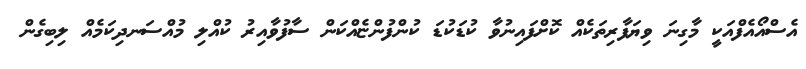
އެސްއޯއެފްއަކީ މާގިނަ ވިޔަފާރިތަކެއް ކޮށްފައިނުވާ ކުޑަކުޑަ ކުންފުންޏެއްކަން ސާފުވާއިރު ކުއްލި މުއްސަނދިކަމެއް ލިބިގެން